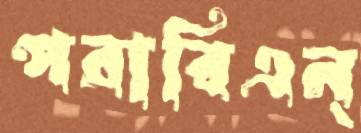
পরাবিএন্